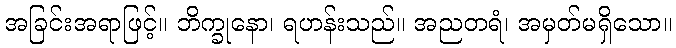
အခြင်းအရာဖြင့်။ ဘိက္ခုနော၊ ရဟန်းသည်။ အညတရံ၊ အမှတ်မရှိသော။